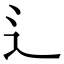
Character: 辶